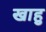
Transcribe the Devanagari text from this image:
खाहु